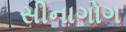
સીનાગોગ